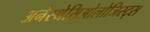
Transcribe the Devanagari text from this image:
अनेस्थेसिओलोजिस्ट्स